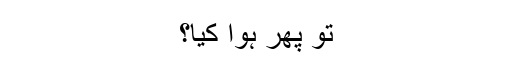
تو پھر ہوا کیا؟